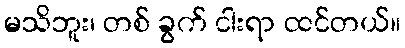
မသိဘူး၊ တစ် ခွက် ငါးရာ ထင်တယ်။